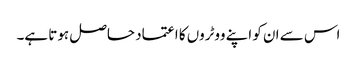
اس سے ان کو اپنے ووٹروں کا اعتماد حاصل ہوتا ہے۔